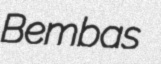
Bembas